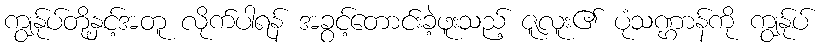
ကျွန်ုပ်တို့နှင့်အတူ လိုက်ပါရန် အခွင့်တောင်းခဲ့ဖူးသည့် ဇူလူး၏ ပုံသဏ္ဌာန်ကို ကျွန်ုပ်